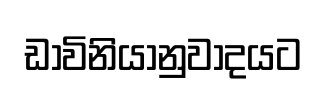
ඩාවිනියානුවාදයට